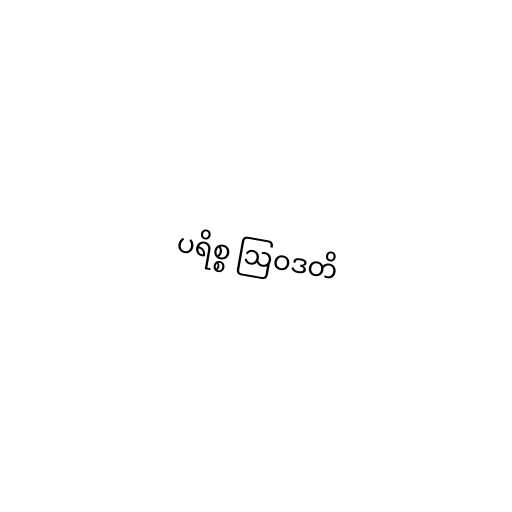
ပရိစ္စ ဩဝဒတိ